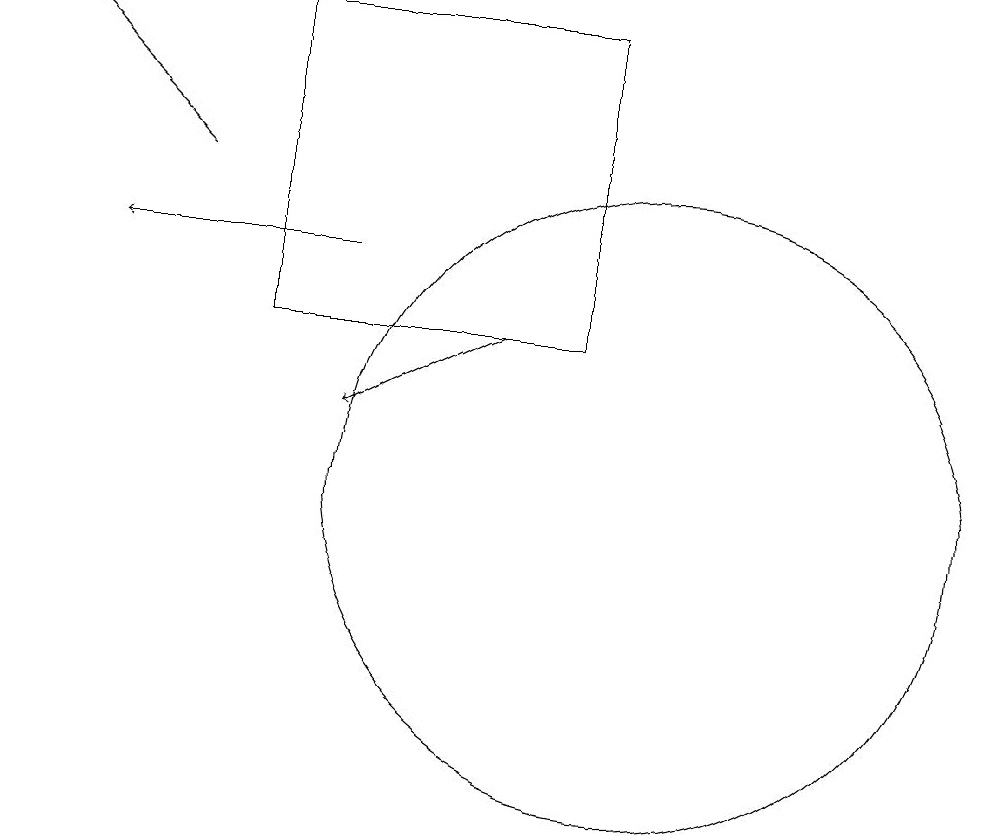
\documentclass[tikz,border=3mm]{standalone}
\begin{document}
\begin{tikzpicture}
\draw[->] (8,14) -- (6,13);
\draw[->] (6,15) -- (3,15);
\draw (10,12) circle (4);
\draw (5,14) rectangle (9,18);
\draw[->] (4,16) -- (2,18);
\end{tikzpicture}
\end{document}